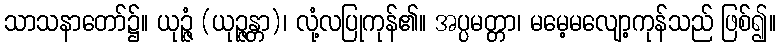
သာသနာတော်၌။ ယုဉ္ဇံ (ယုဉ္ဇန္တာ)၊ လုံ့လပြုကုန်၏။ အပ္ပမတ္တာ၊ မမေ့မလျော့ကုန်သည် ဖြစ်၍။